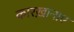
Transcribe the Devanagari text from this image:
कारख़ानाए